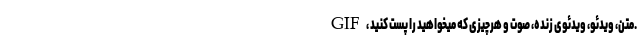
GIF، متن، ویدئو، ویدئوی زنده، صوت و هرچیزی که میخواهید را پست کنید.